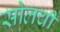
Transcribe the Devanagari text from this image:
सोलची